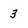
Character: 3